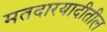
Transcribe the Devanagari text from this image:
मतदारयादीतील